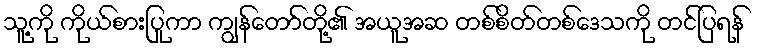
သူ့ကို ကိုယ်စားပြုကာ ကျွန်တော်တို့၏ အယူအဆ တစ်စိတ်တစ်ဒေသကို တင်ပြရန်